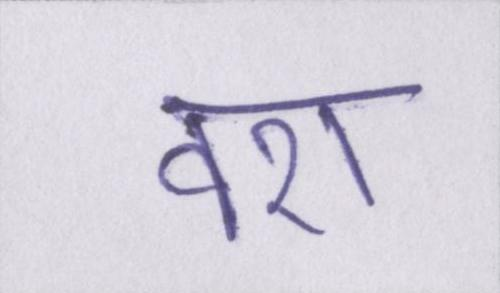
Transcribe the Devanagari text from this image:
वश